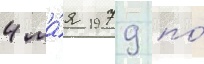
4 ма́я 1979 по́